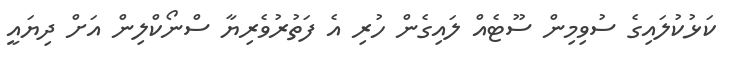
ކަޅުކުލައިގެ ސުވިމިން ސޫޓެއް ލައިގެން ހުރި އެ ފަތުރުވެރިޔާ ސްނޯކްލިން އަށް ދިޔައީ